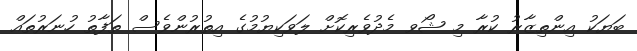
ބަޔަކު އިންތިޒާރު ކުރާ މި ޝޯވ މެދުވެރިކޮށް ލަވަކިޔުމުގެ އިތުރުންވެސް ތަފާތު ހުނަރުތައް